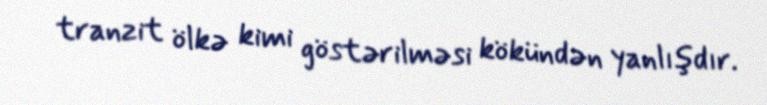
tranzit ölkə kimi göstərilməsi kökündən yanlışdır.